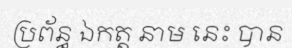
ប្រព័ន្ធ ឯកត្ត នាម នេះ បាន